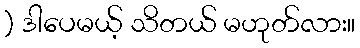
) ဒါပေမယ့် သိတယ် မဟုတ်လား။